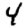
Digit: 4